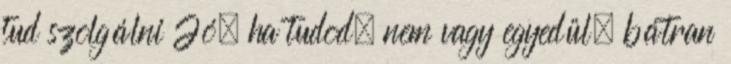
tud szolgálni Jó, ha tudod, nem vagy egyedül, bátran